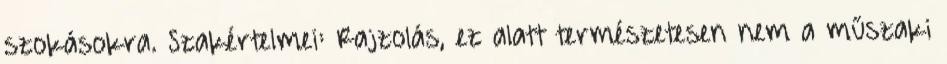
szokásokra. Szakértelmei: Rajzolás, ez alatt természetesen nem a műszaki